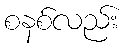
စနစ်လည်း